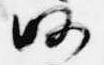
略